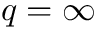
q = \infty